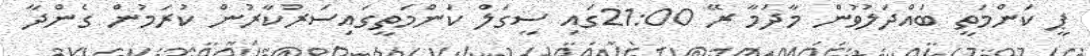
ޕީ ކަންމަތީ ބައްދަލުވުން މާދަމާ ރޭ 21:00ގައި ސީގަލް ކަންމަތީގައިސަރުކާރުން ކުރަމުން ގެންދާ